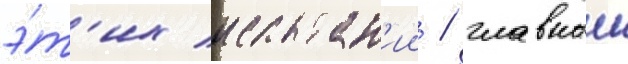
э́т'их испытан'ии / главныи